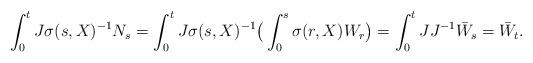
LaTeX: \begin{align*}\int_{0}^{t}J \sigma(s,X)^{-1}N_s = \int_{0}^{t}J \sigma(s,X)^{-1}\big(\int_{0}^{s}\sigma(r,X)W_r\big) = \int_{0}^{t}J J^{-1}\bar{W}_s = \bar{W}_t.\end{align*}